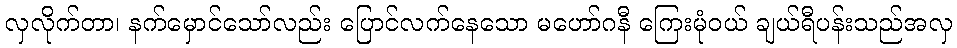
လှလိုက်တာ၊ နက်မှောင်သော်လည်း ပြောင်လက်နေသော မဟော်ဂနီ ကြေးမုံဝယ် ချယ်ရီပန်းသည်အလှ